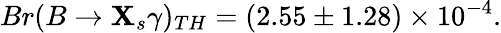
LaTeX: Br(B\rightarrow\mathbf{X}_{s}\gamma)_{TH}=(2.55\pm1.28)\times10^{-4}.